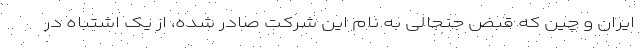
ایران و چین که قبض جنجالی به نام این شرکت صادر شده، از یک اشتباه در